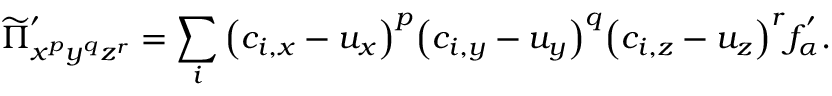
\widetilde { \Pi } _ { x ^ { p } y ^ { q } z ^ { r } } ^ { ' } = \sum _ { i } { \left( c _ { i , x } - u _ { x } \right) } ^ { p } { \left( c _ { i , y } - u _ { y } \right) } ^ { q } { \left( c _ { i , z } - u _ { z } \right) } ^ { r } f _ { \alpha } ^ { ' } .